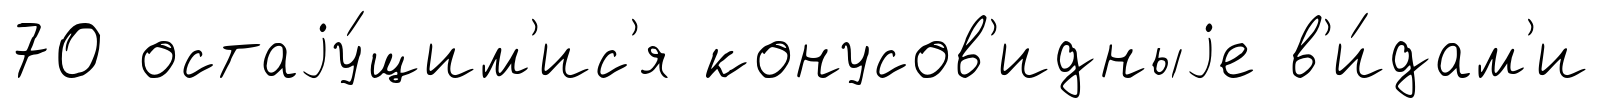
70 остаjу́щим'ис'я конусов'идныjе в'и́дам'и